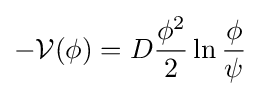
-{\mathcal {V}}(\phi )=D{\frac {\phi ^{2}}{2}}\ln {\frac {\phi }{\psi }}